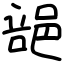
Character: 郶